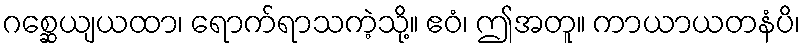
ဂစ္ဆေယျယထာ၊ ရောက်ရာသကဲ့သို့။ ဧဝံ၊ ဤအတူ။ ကာယာယတနံပိ၊